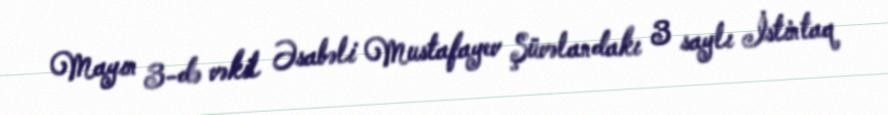
Mayın 3-də vəkil Əsabəli Mustafayev Şüvəlandakı 3 saylı İstintaq